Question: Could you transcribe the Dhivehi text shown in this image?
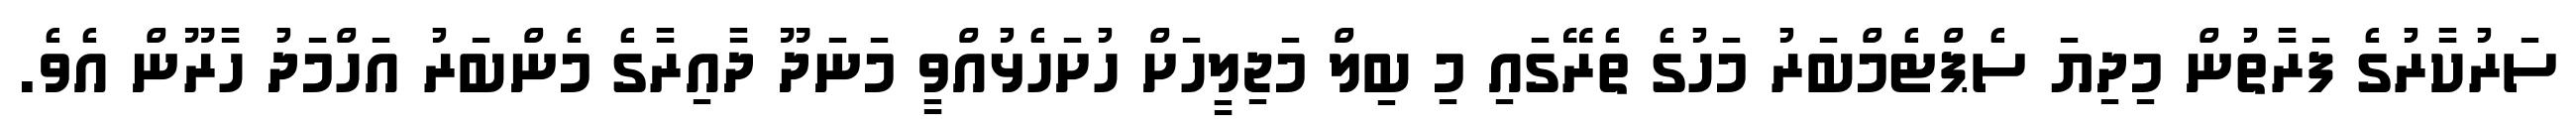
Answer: ސަރުކާރުގެ ފަރާތުން މިދިޔަ ސެޕްޓެމްބަރު މަހުގެ ތެރޭގައި މި ބިލް މަޖިލީހަށް ހުށަހެޅުއްވީ މަނަދޫ ދާއިރާގެ މެންބަރު އަހްމަދު ހާރޫން އެވެ.